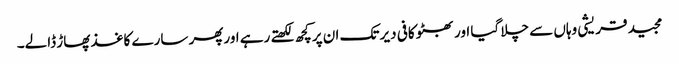
مجید قریشی وہاں سے چلا گیا اور بھٹو کافی دیر تک ان پرکچھ لکھتے رہے اورپھر سارے کاغذ پھاڑ ڈالے۔